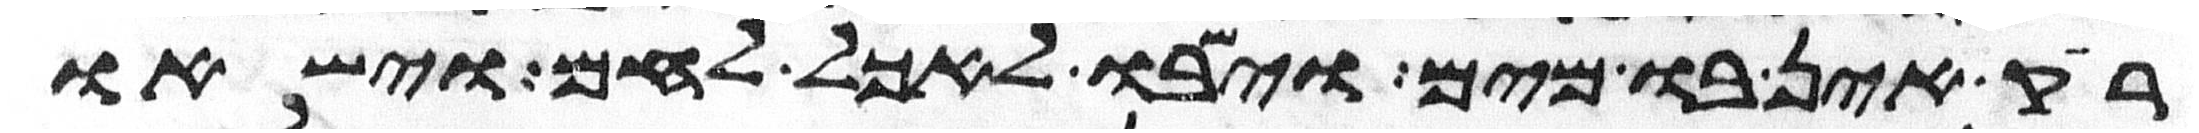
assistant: ריק אין בו מים וישבו לאכל לחם וישאו